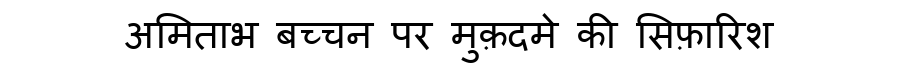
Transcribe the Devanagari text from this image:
अमिताभ बच्चन पर मुक़दमे की सिफ़ारिश